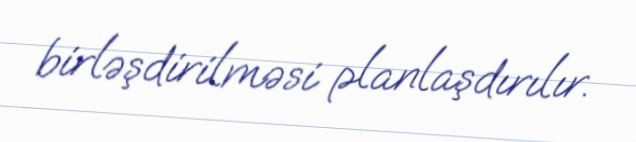
birləşdirilməsi planlaşdırılır.